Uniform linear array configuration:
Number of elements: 4
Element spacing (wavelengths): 1
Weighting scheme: uniform
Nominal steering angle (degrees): -15
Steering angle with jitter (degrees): -15.681
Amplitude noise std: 0.05
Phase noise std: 0.05

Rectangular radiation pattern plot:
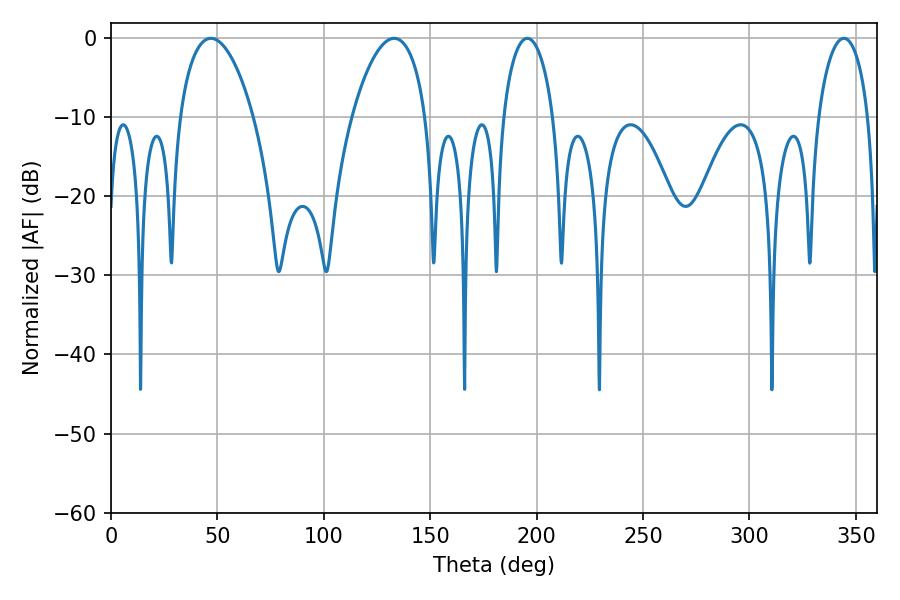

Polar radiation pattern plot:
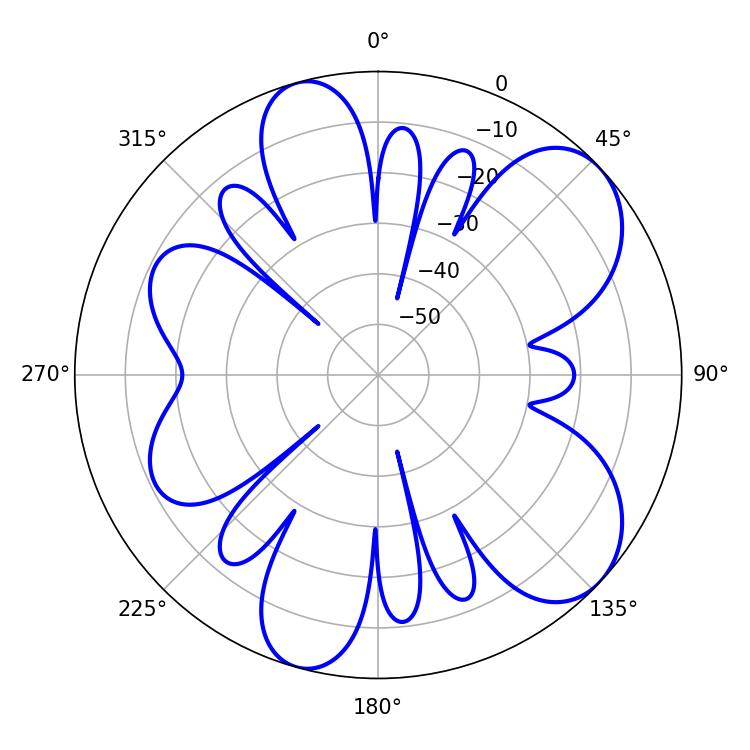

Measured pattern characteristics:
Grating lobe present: TRUE
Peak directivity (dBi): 7.618
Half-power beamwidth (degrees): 19.44
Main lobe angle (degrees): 46.98